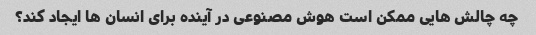
چه چالش هایی ممکن است هوش مصنوعی در آینده برای انسان ها ایجاد کند؟